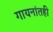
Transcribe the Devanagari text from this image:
गायनांतही